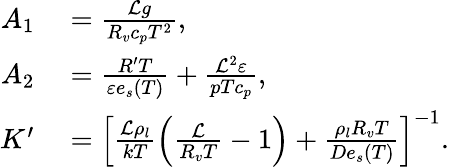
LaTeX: \begin{array}{rl}{A_{1}}&{{}=\frac{{\cal L}g}{R_{v}c_{p}T^{2}},}\\ {A_{2}}&{{}=\frac{R^{\prime}T}{\varepsilon e_{s}(T)}+\frac{{\cal L}^{2}\varepsilon}{pTc_{p}},}\\ {K^{\prime}}&{{}=\left[\frac{{\cal L}\rho_{l}}{kT}\left(\frac{\cal L}{R_{v}T}-1\right)+\frac{\rho_{l}R_{v}T}{De_{s}(T)}\right]^{-1}.}\end{array}